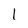
Character: 1